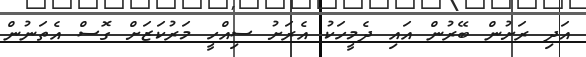
އަދި ރަށުން ބޭރުން އައި ދެމީހަކު އެރަށު ސިއްހީ މަރުކަޒަށް ގޮސް އެތަނުން